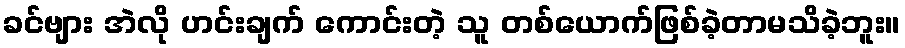
ခင်ဗျား အဲလို ဟင်းချက် ကောင်းတဲ့ သူ တစ်ယောက်ဖြစ်ခဲ့တာမသိခဲ့ဘူး။